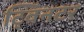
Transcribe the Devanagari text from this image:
ट्विनटर